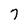
Character: 7